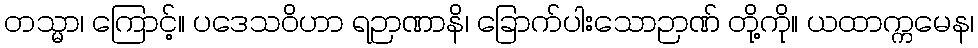
တသ္မာ၊ ကြောင့်။ ပဒေသဝိဟာ ရဉာဏာနိ၊ ခြောက်ပါးသောဉာဏ် တို့ကို။ ယထာက္ကမေန၊